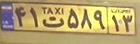
۴۱ت۵۸۹۱۳